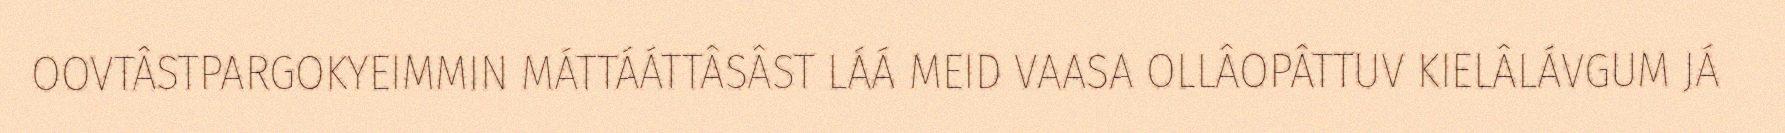
OOVTÂSTPARGOKYEIMMIN MÁTTÁÁTTÂSÂST LÁÁ MEID VAASA OLLÂOPÂTTUV KIELÂLÁVGUM JÁ